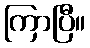
ကြာပြီ။